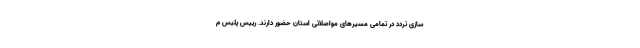
سازی تردد در تمامی مسیرهای مواصلاتی استان حضور دارند. رییس پلیس م